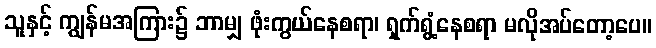
သူနှင့် ကျွန်မအကြား၌ ဘာမျှ ဖုံးကွယ်နေစရာ၊ ရှက်ရွံ့နေစရာ မလိုအပ်တော့ပေ။